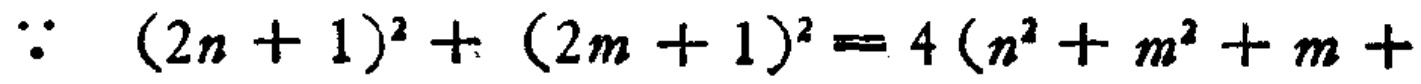
\(\because (2n + 1)^2 + (2m + 1)^2 = 4(n^2 + m^2 + m + \)